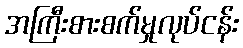
အကြီးစားစက်မှုလုပ်ငန်း